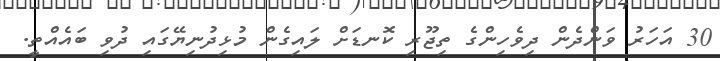
30 އަހަރު ވަންްދެން ދިވެހިންގެ ތިޖޫރި ކޮނޑަށް ލައިގެން މުޅިދުނިޔޭގައި ދުވި ބައެއްތީ.